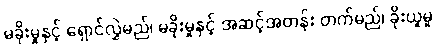
မခိုးမှုနှင့် ရှောင်လွှဲမည်၊ မခိုးမှုနှင့် အဆင့်အတန်း တက်မည်၊ ခိုးယူမှု